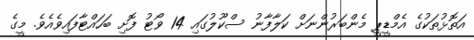
އަތޮޅުތަކުގެ އެމްޑީޕީ މެންބަރުންނަށް ކަލާފާނު ސްކޫލުގައި 14 ވޯޓު ފޮށި ބަހައްޓާފައިވެއެވެ. މީގެ